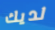
لديك